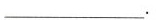
___.